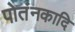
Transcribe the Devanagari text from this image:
पोतंनकादि